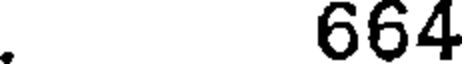
. 664